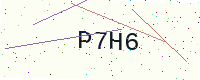
Text: P7H6